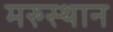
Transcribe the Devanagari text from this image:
मरुस्थान